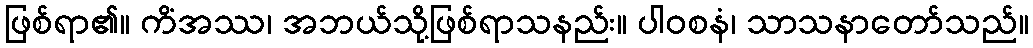
ဖြစ်ရာ၏။ ကိံအဿ၊ အဘယ်သို့ဖြစ်ရာသနည်း။ ပါဝစနံ၊ သာသနာတော်သည်။